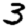
Digit: 3